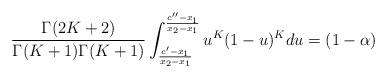
LaTeX: \begin{align*}\displaystyle \frac{\Gamma(2K+2)}{\Gamma(K+1)\Gamma(K+1)}\int_{\frac{c'-x_1}{x_2-x_1}}^{\frac{c''-x_1}{x_2-x_1}}u^K(1-u)^Kdu=(1-\alpha)\end{align*}